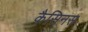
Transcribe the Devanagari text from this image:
कैसिनस